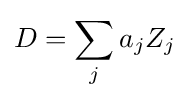
D=\sum _{j}a_{j}Z_{j}